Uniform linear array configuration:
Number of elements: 48
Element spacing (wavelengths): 1
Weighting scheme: cosine
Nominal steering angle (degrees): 0
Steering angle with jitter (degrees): -0.1491
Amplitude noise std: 0.05
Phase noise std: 0.05

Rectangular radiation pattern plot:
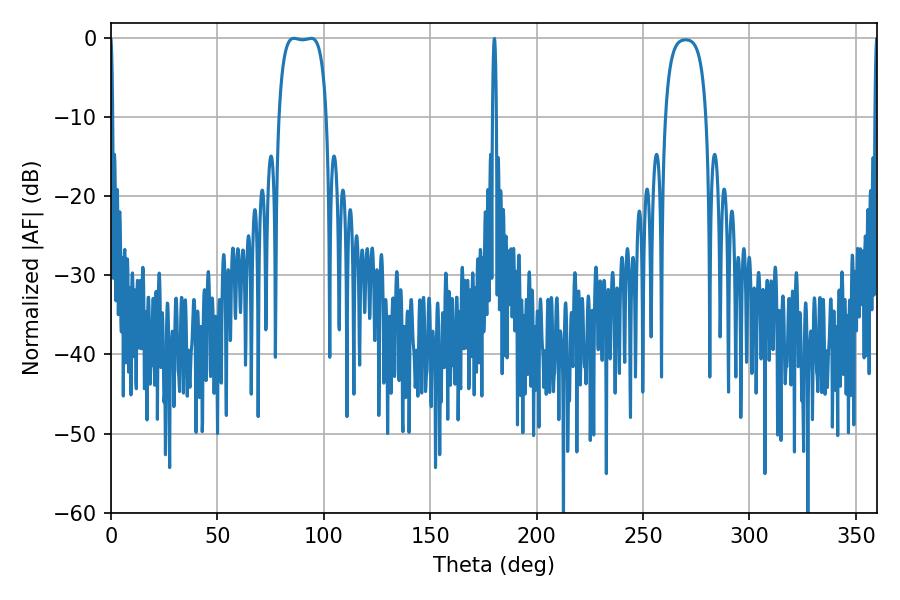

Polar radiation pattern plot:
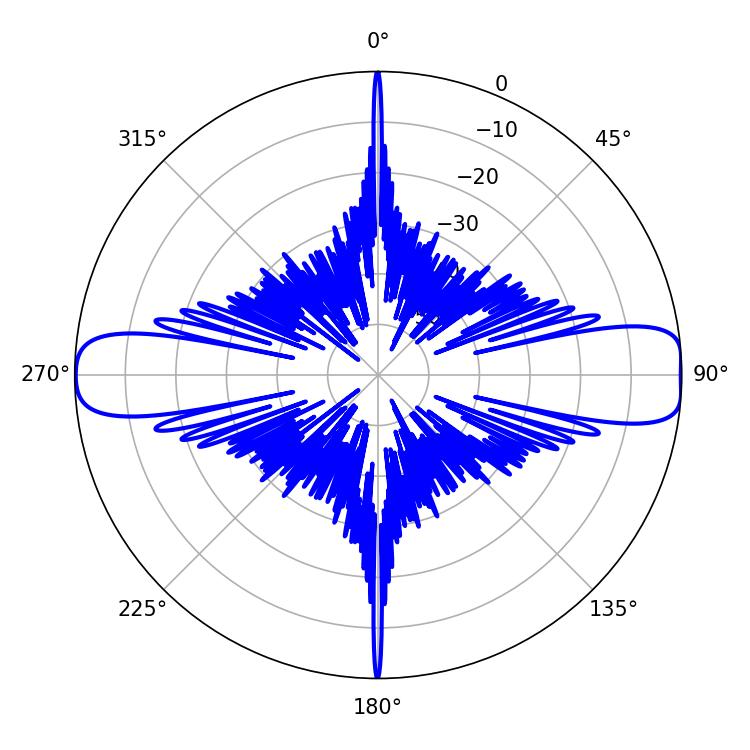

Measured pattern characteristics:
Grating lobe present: TRUE
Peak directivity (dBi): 14.088
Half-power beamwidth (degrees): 17.64
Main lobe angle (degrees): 86.04